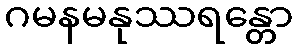
ဂမနမနုဿရန္တော